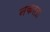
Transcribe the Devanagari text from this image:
नकरता